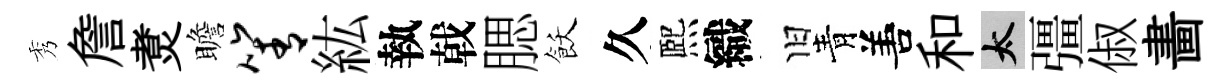
秀詹煑瞻箐紘執戟腮飫久熈織旧青𠵊和太彊俶畵